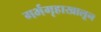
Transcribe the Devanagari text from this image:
गर्भगृहाखालून